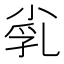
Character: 𡭾